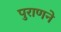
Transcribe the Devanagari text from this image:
पुराणने